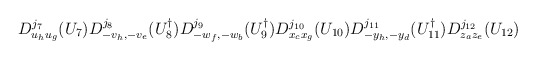
\begin{align*}D^{j_7}_{u_hu_g}(U_7)D^{j_8}_{-v_h,-v_e}(U_8^\dagger)D^{j_9}_{-w_f,-w_b}(U_9^\dagger)D^{j_{10}}_{x_cx_g}(U_{10})D^{j_{11}}_{-y_h,-y_d}(U_{11}^\dagger)D^{j_{12}}_{z_az_e}(U_{12})\end{align*}